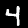
Digit: 4